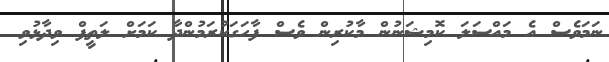
ނަމަވެސް އެ މައްސަލަ ކޮމިޝަނުން މާކުރިން ވެސް ފާހަގަކުރަމުންދާ ކަމަށް ލަތީފް ވިދާޅުވި